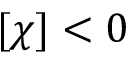
[ \chi ] < 0